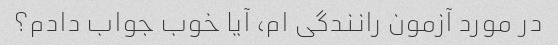
در مورد آزمون رانندگی ام، آیا خوب جواب دادم؟